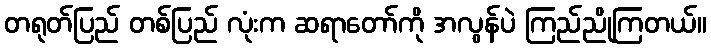
တရုတ်ပြည် တစ်ပြည် လုံးက ဆရာတော်ကို အလွန်ပဲ ကြည်ညိုကြတယ်။